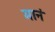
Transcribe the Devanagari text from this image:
मानं